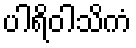
ပါရိဝါသိကံ